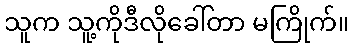
သူက သူ့ကိုဒီလိုခေါ်တာ မကြိုက်။